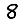
Digit: 8